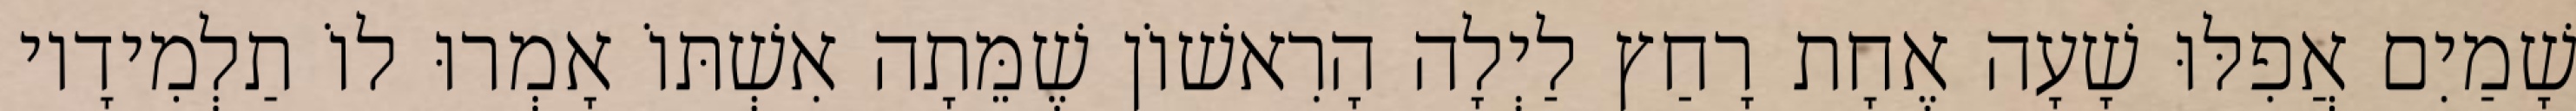
שָׁמַיִם אֲפִלּוּ שָׁעָה אֶחָת רָחַץ לַיְלָה הָרִאשׁוֹן שֶׁמֵּתָה אִשְׁתּוֹ אָמְרוּ לוֹ תַלְמִידָיו